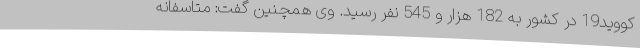
کووید19 در کشور به 182 هزار و 545 نفر رسید. وی همچنین گفت: متاسفانه